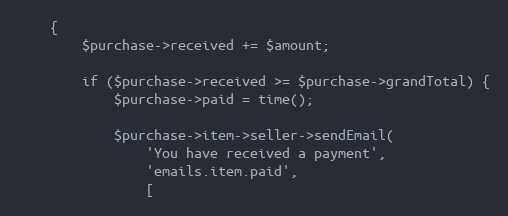
Language: PHP
    {
        $purchase->received += $amount;

        if ($purchase->received >= $purchase->grandTotal) {
            $purchase->paid = time();

            $purchase->item->seller->sendEmail(
                'You have received a payment',
                'emails.item.paid',
                [